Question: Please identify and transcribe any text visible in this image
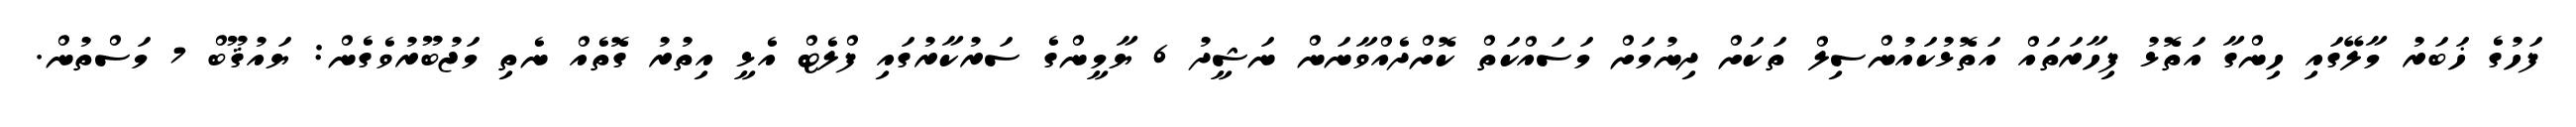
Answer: ފަހުގެ ޚަބަރު މާލޭގައި ހިންގާ އަތޮޅު ފިހާރަތައް އަތޮޅުކައުންސިލް ތަކަށް ދިނުމަށް މަސައްކަތް ކޮށްދެއްވާނަން ނަޝީދު 6 ޔާމީންގެ ސަރުކާރުގައި ފްލެޓް އެޅީ އިތުރު ގޮތެއް ނެތި މަޖުބޫރުވެގެން: ޔައުޤޫބް 7 މަސްތުން.